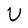
Character: U